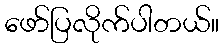
ဖော်ပြလိုက်ပါတယ်။